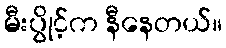
မီးပွိုင့်က နီနေတယ်။